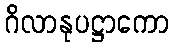
ဂိလာနုပဋ္ဌာကော